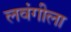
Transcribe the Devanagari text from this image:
लवंगीला